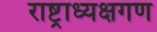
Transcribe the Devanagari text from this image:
राष्ट्राध्यक्षगण